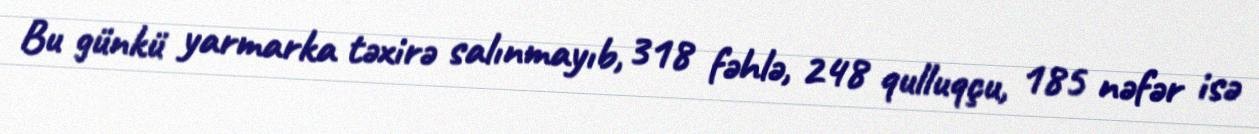
Bu günkü yarmarka təxirə salınmayıb, 318 fəhlə, 248 qulluqçu, 185 nəfər isə